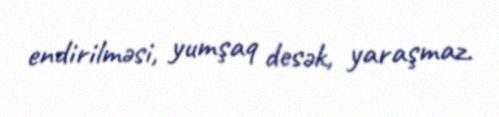
endirilməsi, yumşaq desək, yaraşmaz.